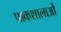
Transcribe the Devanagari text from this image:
पाकशालाओं